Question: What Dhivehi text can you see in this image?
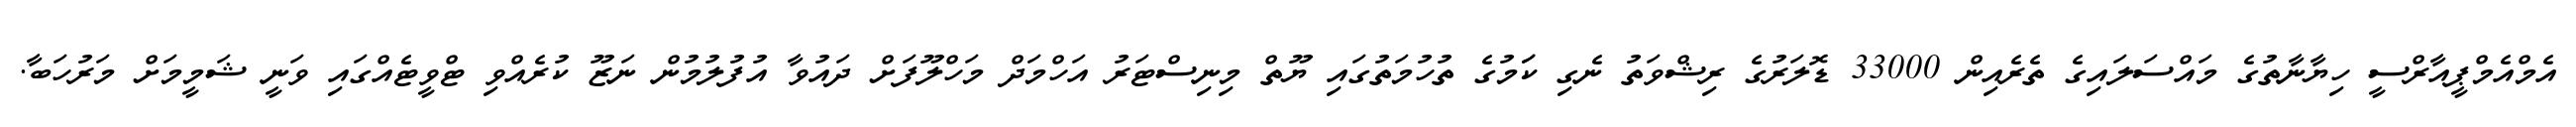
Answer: އެމްއެމްޕީއާރްސީ ހިޔާނާތުގެ މައްސަލައިގެ ތެރެއިން 33000 ޑޮލަރުގެ ރިޝްވަތު ނެގި ކަަމުގެ ތުހުމަތުގައި ޔޫތް މިނިސްޓަރު އަހްމަދް މަހްލޫފަށް ދައުވާ އުފުލުމުން ނަޒޫ ކުރެއްވި ޓްވީޓެއްގައި ވަނީ ޝަމީމަށް މަރުހަބާ.